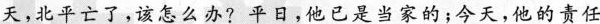
天，北平亡了，该怎么办?平日，他已是当家的；今天，他的责任